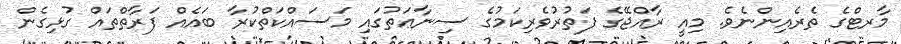
މާރޓްގެ ތެރެއިންނެވެ. މިއީ ރާއްޖޭގެ ފަތުރުވެރިކަމުގެ ސިނާޢަތުގައި މަސައްކަތްކުރާ ބައެއް ފަރާތްތައް ގުޅިގެން